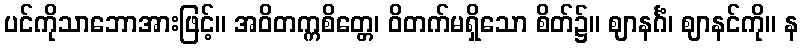
ပင်ကိုသာဘောအားဖြင့်။ အဝိတက္ကစိတ္တေ၊ ဝိတက်မရှိသော စိတ်၌။ ဈာနင်္ဂံ၊ ဈာနင်ကို။ န